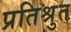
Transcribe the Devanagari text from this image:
प्रतिश्रुत